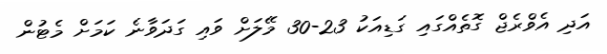
އަދި އެވްރެޖް ގޮތެއްގައި ގަޑިއަކު 23-30 މޭލަށް ވައި ގަދަވާނެ ކަމަށް މެޓުން